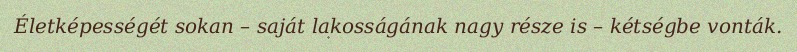
Életképességét sokan – saját lakosságának nagy része is – kétségbe vonták.